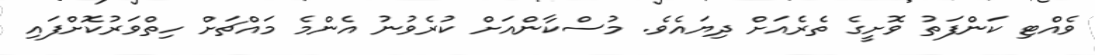
ވެއްޓި ކަންފަތު ވޮށީގެ ތެރެއަށް ދިޔައެވެ. މުސްކާންއަށް ކުރެވުނު އެންމެ މައްޗަށް ހިތްވަރުކޮށްފައި